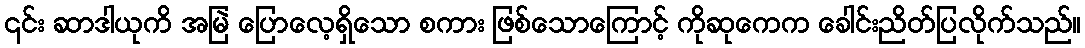
၎င်း ဆာဒါယုကိ အမြဲ ပြောလေ့ရှိသော စကား ဖြစ်သောကြောင့် ကိုဆုကေက ခေါင်းညိတ်ပြလိုက်သည်။